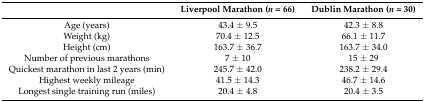
<table><thead><tr><td></td><td><b>Liverpool Marathon (<i>n</i> = 66)</b></td><td><b>Dublin Marathon (<i>n</i> = 30)</b></td></tr></thead><tbody><tr><td>Age (years)</td><td>43.4 ± 9.5</td><td>42.3 ± 8.8</td></tr><tr><td>Weight (kg)</td><td>70.4 ± 12.5</td><td>66.1 ± 11.7</td></tr><tr><td>Height (cm)</td><td>163.7 ± 36.7</td><td>163.7 ± 34.0</td></tr><tr><td>Number of previous marathons</td><td>7 ± 10</td><td>15 ± 29</td></tr><tr><td>Quickest marathon in last 2 years (min)</td><td>245.7 ± 42.0</td><td>238.2 ± 29.4</td></tr><tr><td>Highest weekly mileage</td><td>41.5 ± 14.3</td><td>46.7 ± 14.6</td></tr><tr><td>Longest single training run (miles)</td><td>20.4 ± 4.8</td><td>20.4 ± 3.5</td></tr></tbody></table>